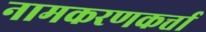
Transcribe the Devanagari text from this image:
नामकरणकर्त्ता